Indian journal of veterinary science and animal husbandry - Volumes 22-23, 1952-1953
Year: 1952
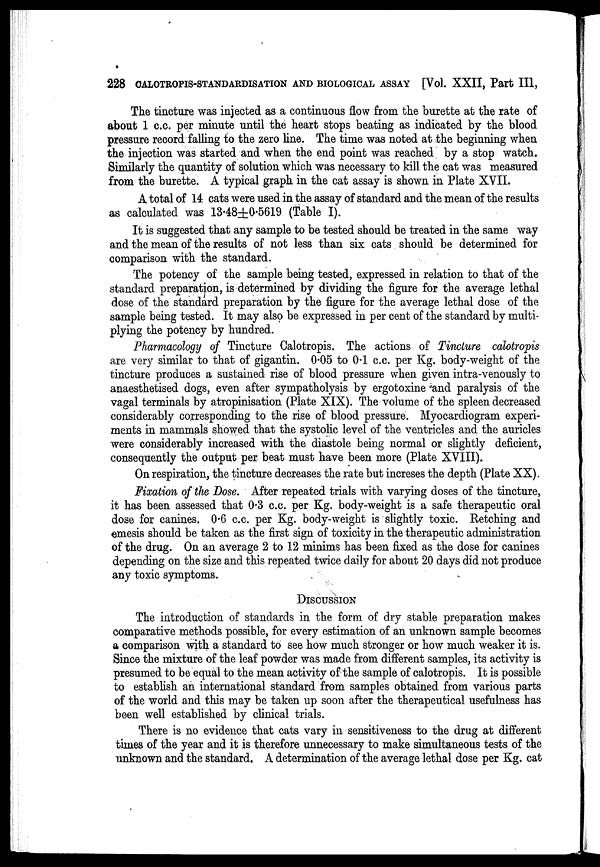
228 CALOTROPIS-STANDARDISATION AND BIOLOGICAL ASSAY [Vol. XXII, Part III,
The tincture was injected as a continuous flow from the burette at the rate of
about 1 c.c. per minute until the heart stops beating as indicated by the blood
pressure record falling to the zero line. The time was noted at the beginning when
the injection was started and when the end point was reached by a stop watch.
Similarly the quantity of solution which was necessary to kill the cat was measured
from the burette. A typical graph in the cat assay is shown in Plate XVII.
A total of 14 cats were used in the assay of standard and the mean of the results
as calculated was 13.48±0.5619 (Table I).
It is suggested that any sample to be tested should be treated in the same way
and the mean of the results of not less than six cats should be determined for
comparison with the standard.
The potency of the sample being tested, expressed in relation to that of the
standard preparation, is determined by dividing the figure for the average lethal
dose of the standard preparation by the figure for the average lethal dose of the
sample being tested. It may also be expressed in per cent of the standard by multi-
plying the potency by hundred.
Pharmacology of Tincture Calotropis. The actions of Tincture calotropis
are very similar to that of gigantin. 0.05 to 0.1 c.c. per Kg. body-weight of the
tincture produces a sustained rise of blood pressure when given intra-venously to
anaesthetised dogs, even after sympatholysis by ergotoxine and paralysis of the
vagal terminals by atropinisation (Plate XIX). The volume of the spleen decreased
considerably corresponding to the rise of blood pressure. Myocardiogram experi-
ments in mammals showed that the systolic level of the ventricles and the auricles
were considerably increased with the diastole being normal or slightly deficient,
consequently the output per beat must have been more (Plate XVIII).
On respiration, the tincture decreases the rate but increses the depth (Plate XX).
Fixation of the Dose. After repeated trials with varying doses of the tincture,
it has been assessed that 0.3 c.c. per Kg. body-weight is a safe therapeutic oral
dose for canines. 0.6 c.c. per Kg. body-weight is slightly toxic. Retching and
emesis should be taken as the first sign of toxicity in the therapeutic administration
of the drug. On an average 2 to 12 minims has been fixed as the dose for canines
depending on the size and this repeated twice daily for about 20 days did not produce
any toxic symptoms.
DISCUSSION
The introduction of standards in the form of dry stable preparation makes
comparative methods possible, for every estimation of an unknown sample becomes
a comparison with a standard to see how much stronger or how much weaker it is.
Since the mixture of the leaf powder was made from different samples, its activity is
presumed to be equal to the mean activity of the sample of calotropis. It is possible
to establish an international standard from samples obtained from various parts
of the world and this may be taken up soon after the therapeutical usefulness has
been well established by clinical trials.
There is no evidence that cats vary in sensitiveness to the drug at different
times of the year and it is therefore unnecessary to make simultaneous tests of the
unknown and the standard. A determination of the average lethal dose per Kg. cat